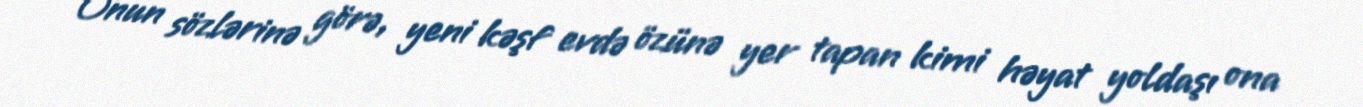
Onun sözlərinə görə, yeni kəşf evdə özünə yer tapan kimi həyat yoldaşı ona